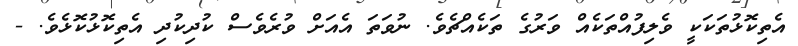
އެތިކޮޅުތަކަކީ ވެލިފުއްތަކެއް ވަރުގެ ތަކެއްޗެވެ. ނުވަތަ އެއަށް ވުރެވެސް ކުދިކުދި އެތިކޮޅުކޮޅެވެ. -